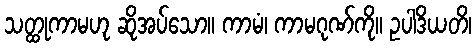
သတ္ထုကာမဟု ဆိုအပ်သော။ ကာမံ၊ ကာမဂုဏ်ကို။ ဥပါဒိယတိ၊